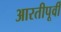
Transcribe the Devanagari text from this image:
आरतीपूर्वी